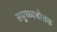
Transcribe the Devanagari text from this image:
समुच्च्यबोधक